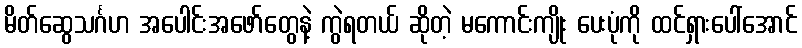
မိတ်ဆွေသင်္ဂဟ အပေါင်းအဖော်တွေနဲ့ ကွဲရတယ် ဆိုတဲ့ မကောင်းကျိုး ပေးပုံကို ထင်ရှားပေါ်အောင်